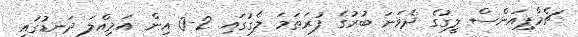
ޗެމްޕިއަންސް ލީގުގެ ދެވަނަ ބުރުގެ ފުރަތަމަ ލެގުގައި 2-0 އިން އަމިއްލަ ދަނޑުގައި